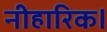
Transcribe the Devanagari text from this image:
नीहारिक।